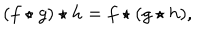
LaTeX: ( f \star g ) \star h = f \star ( g \star h ) ,